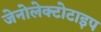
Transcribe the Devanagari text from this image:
जेनोलेक्टोटाइप